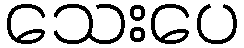
သေးပေ